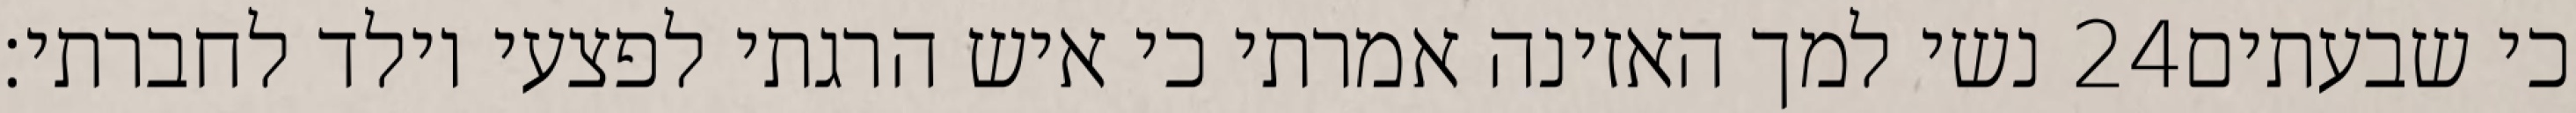
נשי למך האזינה אמרתי כי איש הרגתי לפצעי וילד לחברתי׃ ‎24‏ כי שבעתים